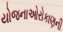
યોજનાઓરોકાણની